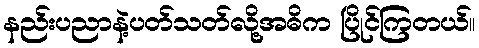
နည်းပညာနဲ့ပတ်သတ်လို့အဓိက ပြိုင်ကြတယ်။